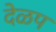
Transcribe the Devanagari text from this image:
देळप